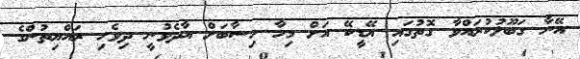
އޭނާ ގަބޫލުކުރައްވާ ގޮތުގައި އޭޑީކޭ އަށް މިހާ ހިސާބަށް އާދެވުނީ ދިވެހި ރައްޔިތުންގެ